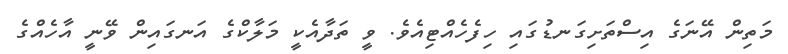
މަތިން އޭނަގެ އިސްތަށިގަނޑުގައި ހިފެހެއްޓިއެވެ. ވީ ތަދާއެކީ މަލާކްގެ އަނގައިން ވޭނީ އާހެއްގެ